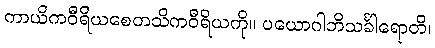
ကာယိကဝီရိယစေတသိကဝီရိယကို။ ပယောဂါဘိသင်္ခါရောတိ၊